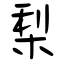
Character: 梨